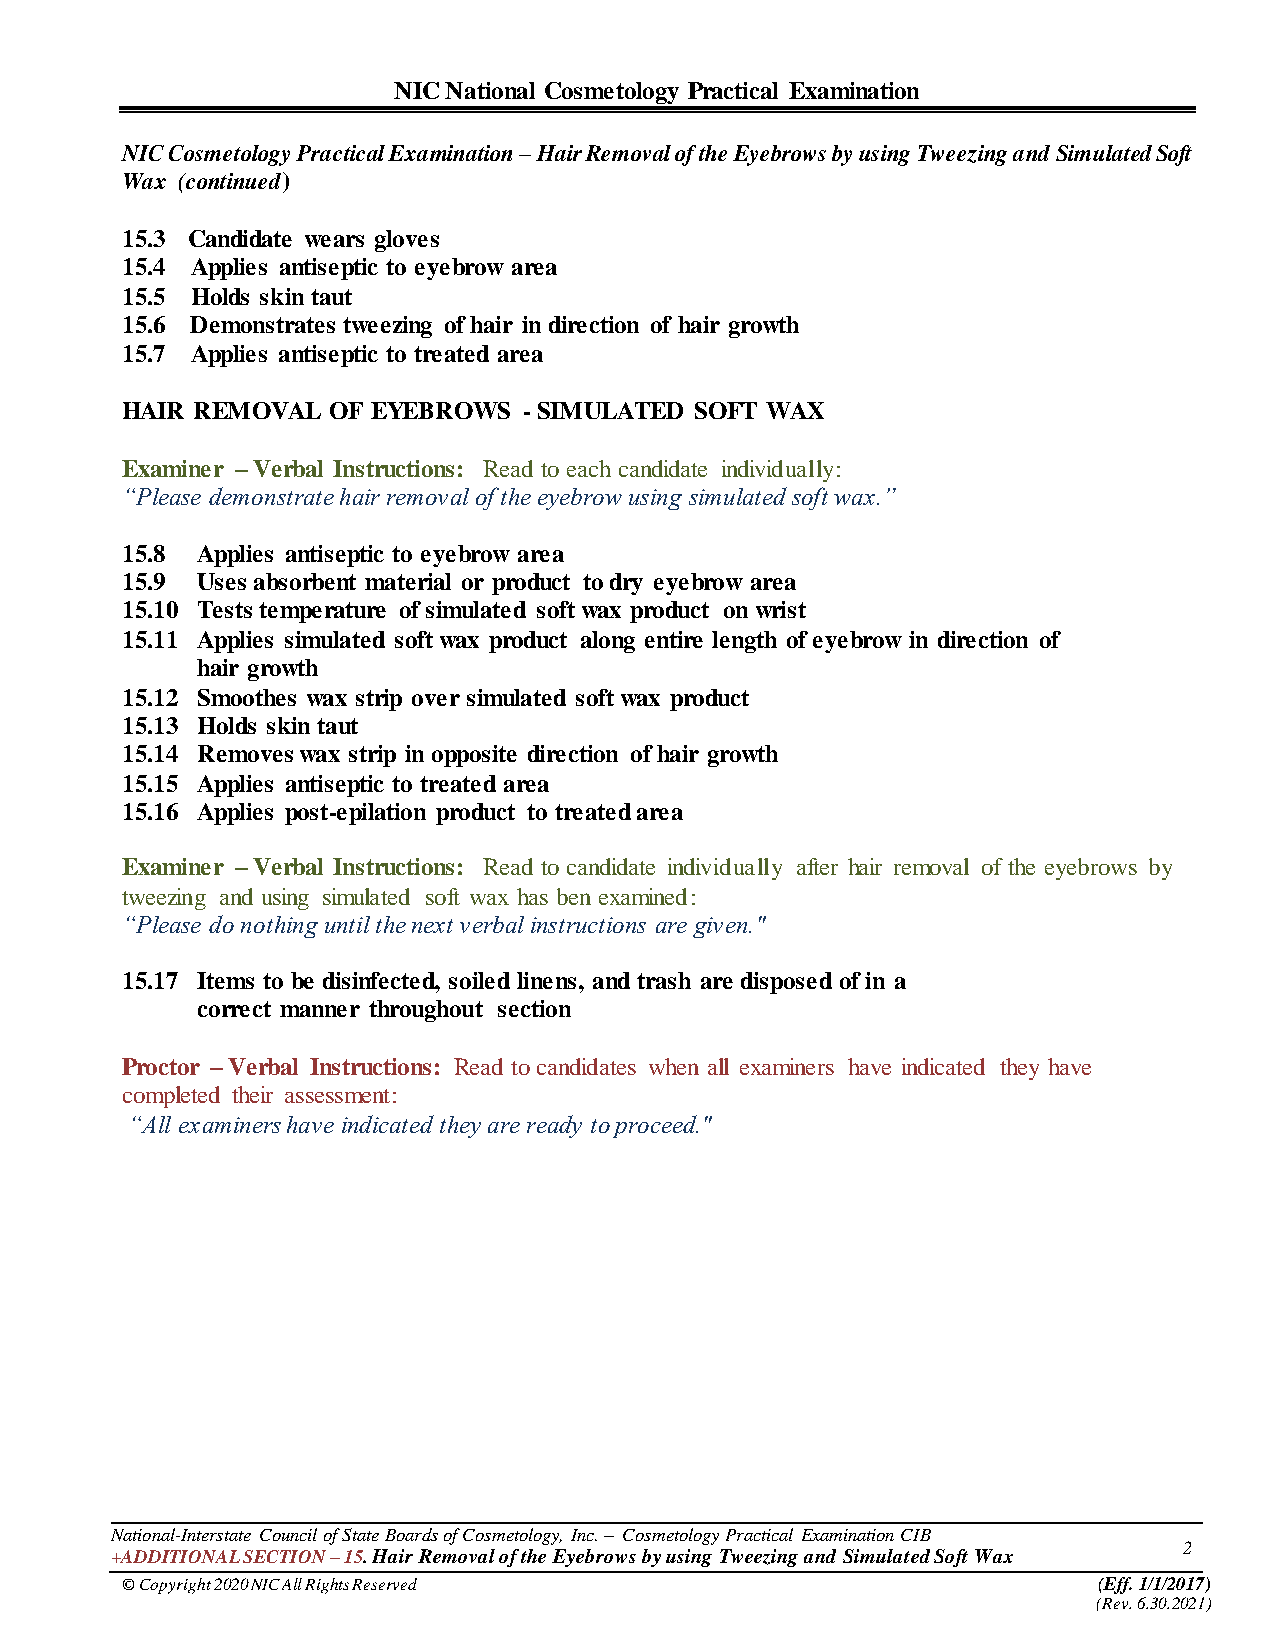
NIC National Cosmetology Practical Examination
 NIC Cosmetology Practical Examination – Hair Removal of the Eyebrows by using Tweezing and Simulated Soft
 Wax (continued)
 15.3 Candidate wears gloves
 15.4 Applies antiseptic to eyebrow area
 15.5 Holds skin taut
 15.6 Demonstrates tweezing of hair in direction of hair growth
 15.7 Applies antiseptic to treated area
 HAIR REMOVAL  OF EYEBROWS  - SIMULATED SOFT WAX
 Examiner – Verbal Instructions: Read to each candidate individually:
 “Please demonstrate hair removal of the eyebrow using simulated soft wax.”
 15.8 Applies antiseptic to eyebrow area
 15.9 Uses absorbent material or product to dry eyebrow area
 15.10 Tests temperature of simulated soft wax product on wrist
 15.11 Applies simulated soft wax product along entire length of eyebrow in direction of
 hair growth
 15.12 Smoothes wax strip over simulated soft wax product
 15.13 Holds skin taut
 15.14 Removes wax strip in opposite direction of hair growth
 15.15 Applies antiseptic to treated area
 15.16 Applies post-epilation product to treated area
 Examiner – Verbal Instructions: Read to candidate individually after hair removal of the eyebrows by
 tweezing and using simulated soft wax has ben examined:
 “Please do nothing until the next verbal instructions are given."
 15.17 Items to be disinfected, soiled linens, and trash are disposed of in a
 correct manner throughout section
 Proctor – Verbal Instructions: Read to candidates when all examiners have indicated they have
 completed their assessment:
 “All examiners have indicated they are ready to proceed."
 National-Interstate Council of State Boards of Cosmetology, Inc. – Cosmetology Practical Examination CIB
 2
 +ADDITIONAL SECTION – 15. Hair Removal of the Eyebrows by using Tweezing and Simulated Soft Wax
 © Copyright 2020 NIC All Rights Reserved                         (Eff. 1/1/2017)
 (Rev. 6.30.2021)